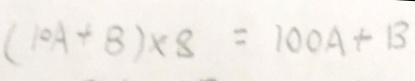
( 1 0 A + B ) \times 8 = 1 0 0 A + B